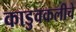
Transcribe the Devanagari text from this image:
काडुवकलीचे